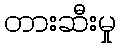
တားဆီးမှု